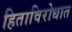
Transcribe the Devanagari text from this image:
हिताविरोधात